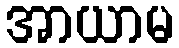
အာယာမ